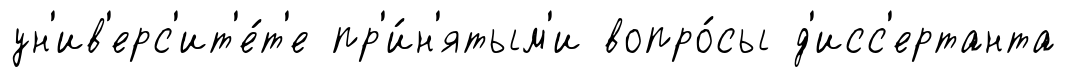
ун'ив'ерс'ит'е́т'е пр'и́н'ятым'и вопро́сы д'исс'ертанта